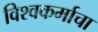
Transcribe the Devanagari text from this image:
विश्‍वकर्माचा